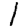
Digit: 1